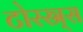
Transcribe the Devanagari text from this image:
टोरस्र्स